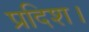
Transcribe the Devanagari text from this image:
प्रदिश।